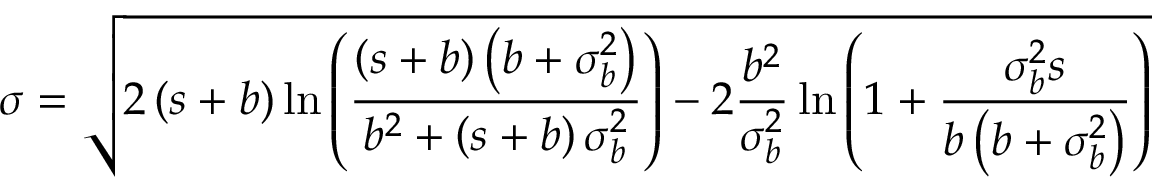
\sigma = \sqrt { 2 \left( s + b \right) \ln { \left( \frac { \left( s + b \right) \left( b + \sigma _ { b } ^ { 2 } \right) } { b ^ { 2 } + \left( s + b \right) \sigma _ { b } ^ { 2 } } \right) } - 2 \frac { b ^ { 2 } } { \sigma _ { b } ^ { 2 } } \ln { \left( 1 + \frac { \sigma _ { b } ^ { 2 } s } { b \left( b + \sigma _ { b } ^ { 2 } \right) } \right) } }